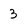
Character: 3